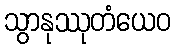
သွာနုဿုတံယေဝ